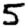
Digit: 5